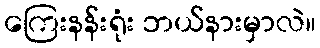
ကြေးနန်းရုံး ဘယ်နားမှာလဲ။